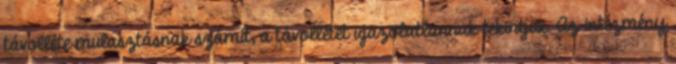
távolléte mulasztásnak számít, a távollétet igazolatlannak tekintjük. Az intézmény